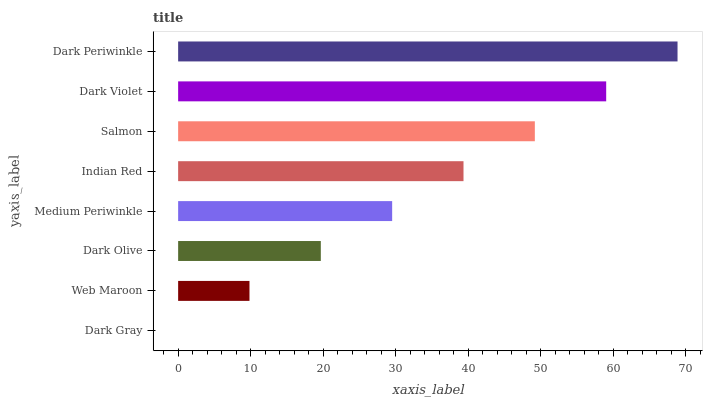
| yaxis_label | bars |
 | --- | --- |
 | Dark Gray | 0 |
 | Web Maroon | 9.84 |
 | Dark Olive | 19.7 |
 | Medium Periwinkle | 29.5 |
 | Indian Red | 39.4 |
 | Salmon | 49.2 |
 | Dark Violet | 59 |
 | Dark Periwinkle | 68.9 |